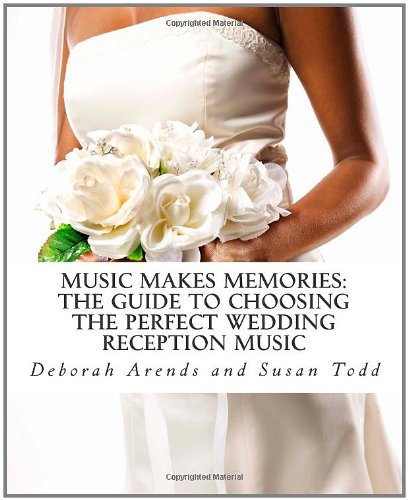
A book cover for Music Makes Memories: The Guide to Choosing the Perfect Wedding Reception Music; Deborah Arends; Crafts, Hobbies & Home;